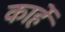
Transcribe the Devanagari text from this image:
कार्हे